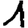
Digit: 1